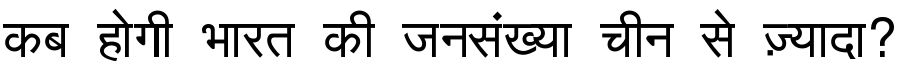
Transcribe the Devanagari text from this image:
कब होगी भारत की जनसंख्या चीन से ज़्यादा?